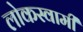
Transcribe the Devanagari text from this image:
लोकस्वामी